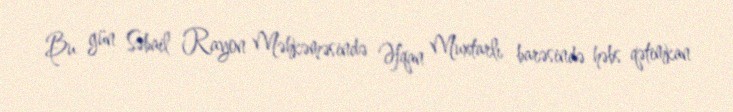
Bu gün Səbail Rayon Məhkəməsində Əfqan Muxtarlı barəsində həbs qətimkan